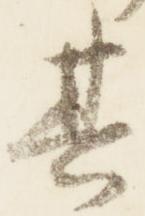
其